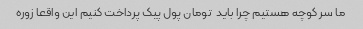
ما سر کوچه هستیم چرا باید  تومان پول پیک پرداخت کنیم این واقعا زوره